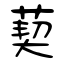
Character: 葜